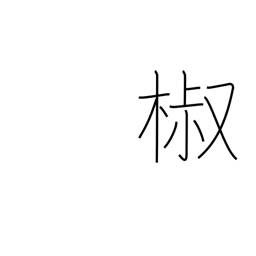
Meaning: Japanese pepper tree